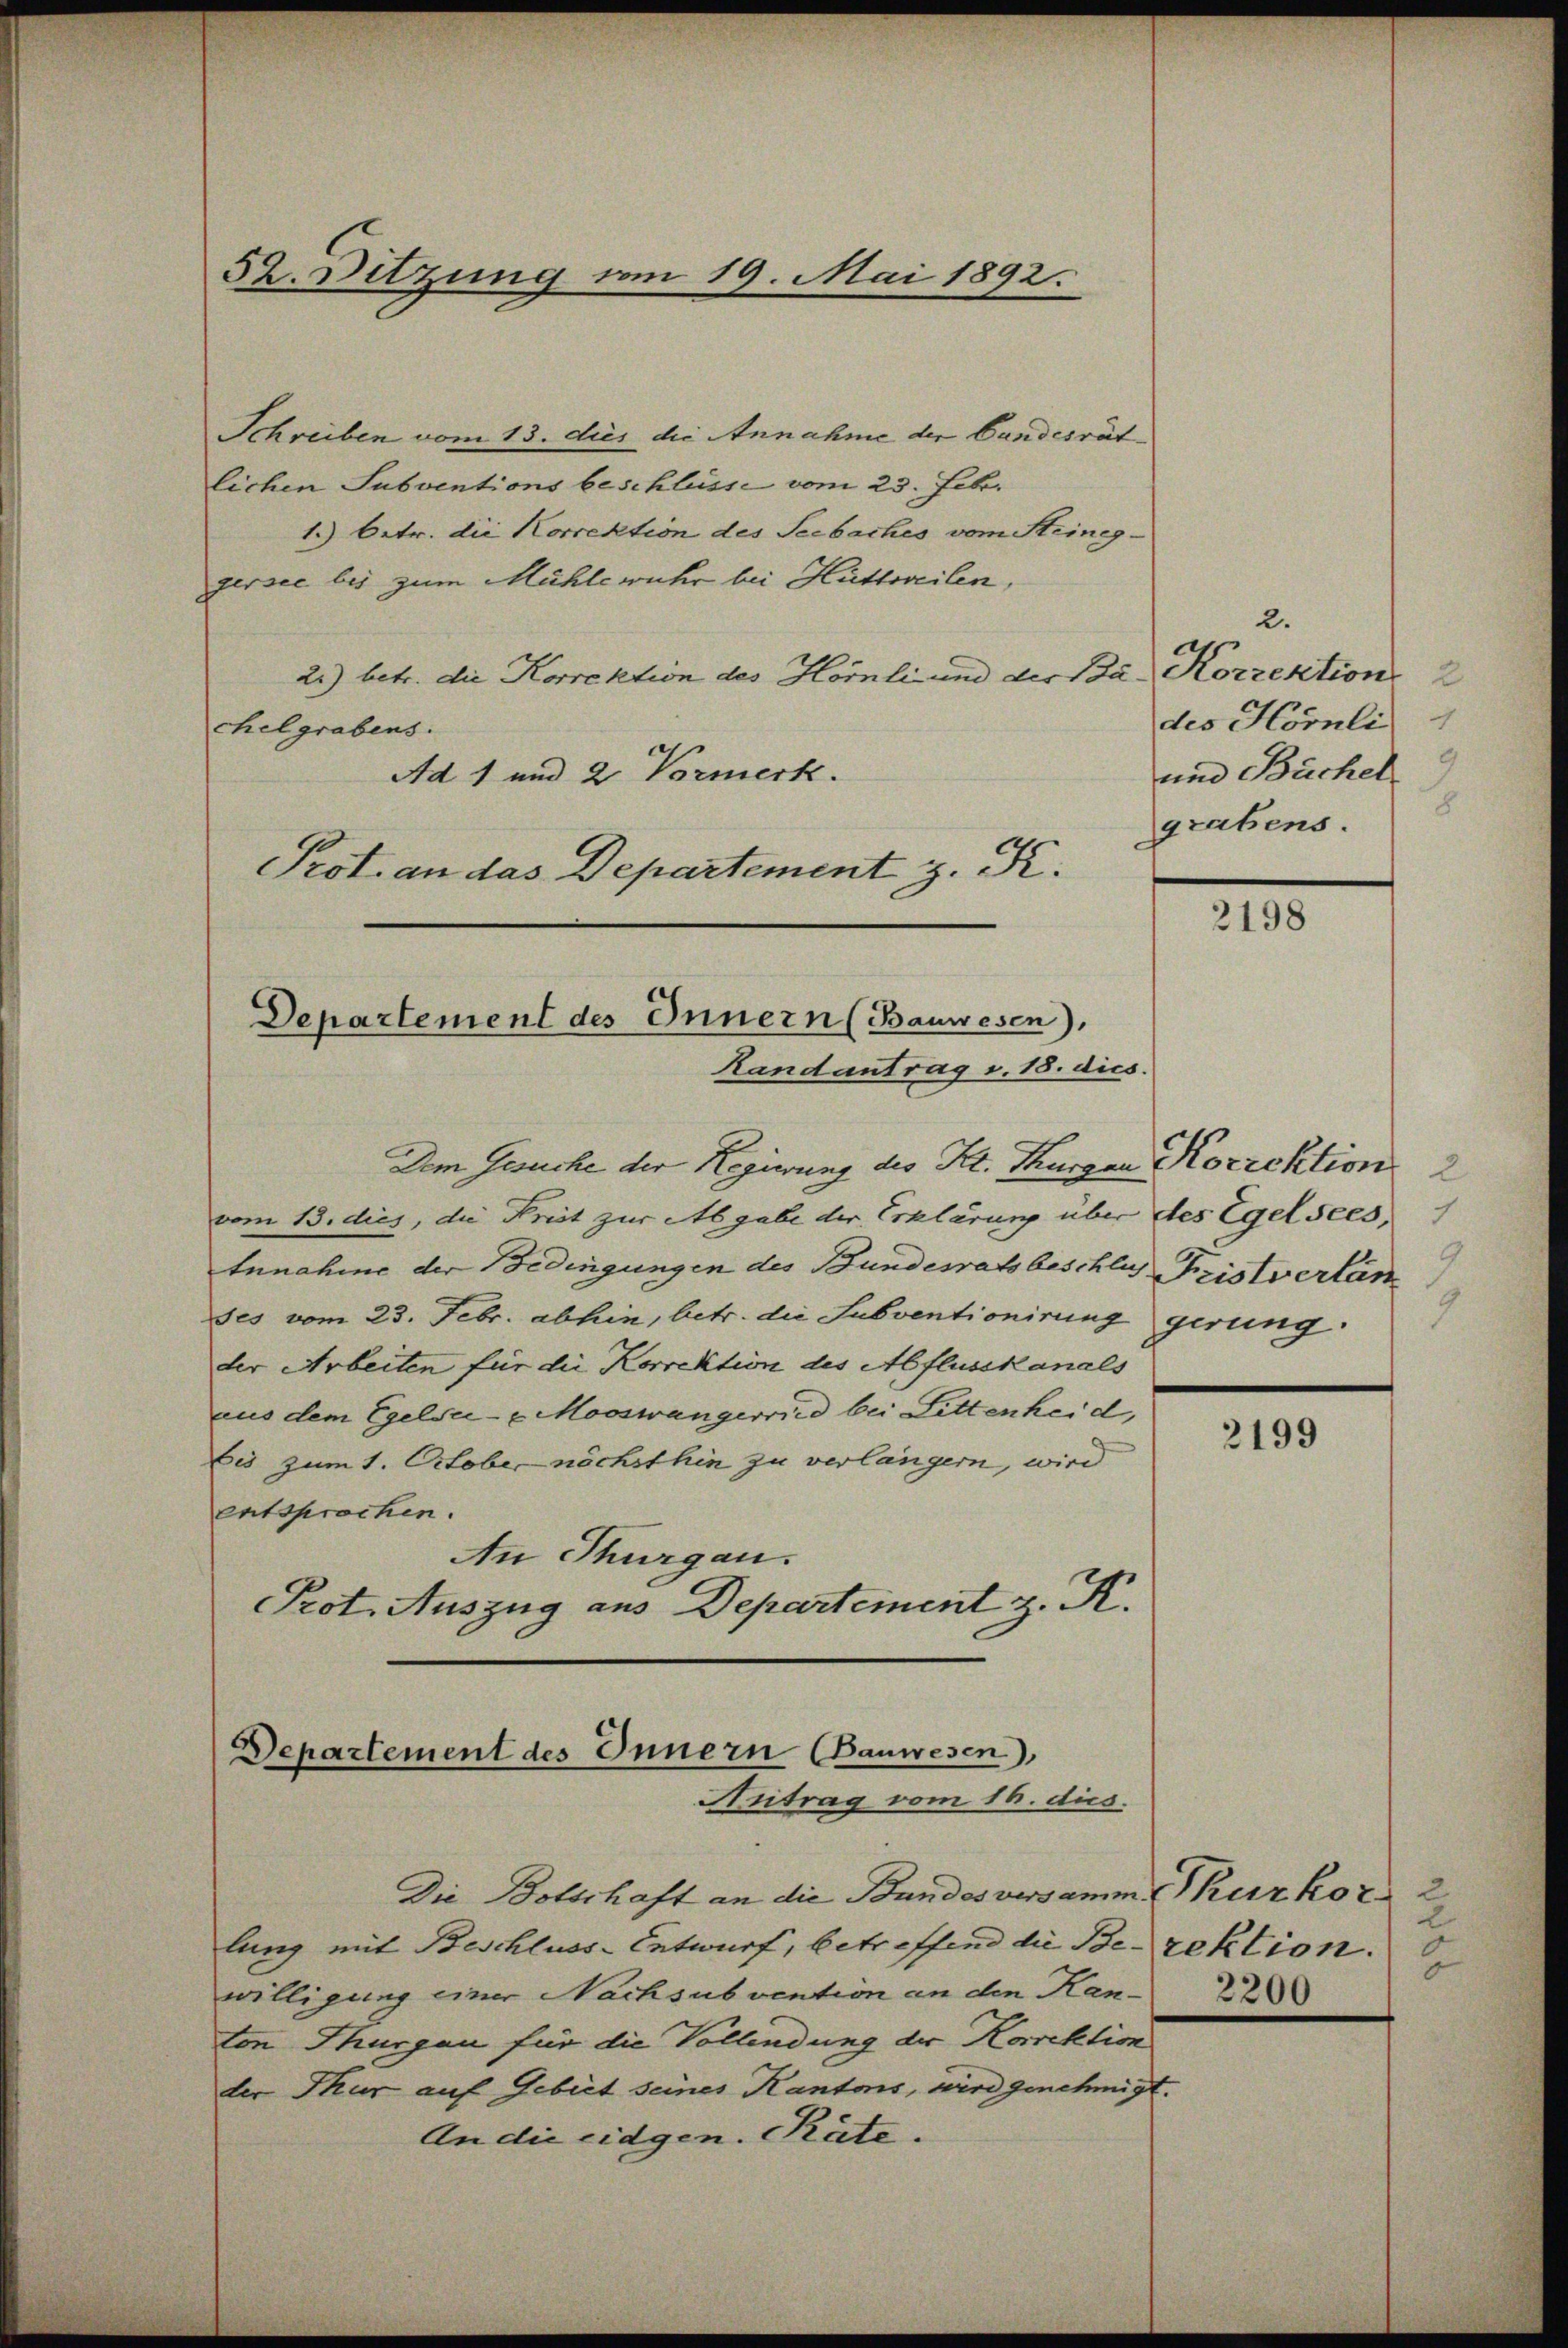
52. Ditzung vom 19. Mai 1892.

Schreiben vom 13. dies die Annahme der Candesrät
lichen Subventions beschlüsse vom 23. Feb.
1.) Betr. die Korrektion des Seebaches vom Steineggersee bis zum Mühlewuhr bei Hütteilen,
2.) betr. die Korrektion des Hörnli und der Ba-Korrektion
chelgrabens.
Ad 1 und 2 Vormerk.
Prot. an das Departement z. K.

Departement des Innern (Bauwesen),
Randantrag v. 18. dies

Dem Gesuche der Regierung des Kt. Thurgau Korrektion
vom 13. dies, die Frist zur Abgabe der Erklärung über des Egelsees,
Innahme der Bedingungen des Bundesratsbeschlus Fristvertan
ses vom 23. Febr. abhin, betr. die Subventionirung gerung.
der Arbeiten für die Korrektion des Abflusskanals
aus dem Egelsi-Mooswängerried bei Littenheid,
bis zum 1. October nöchsthin zu verlängern, wird
entsprochen.
An Thurgau.
Prot. Auszug aus Departement z. K.

Departement des Innern Bauwesen),
Antrag vom 16. dies.

Die Botschaft an die Bundes versamm (kurkor 2
lung mit Beschluss-Entwurf, betreffend die Be- rektion.
willigung einer Nachsubvention an den Kanton Thurgau für die Vollendung der Korrektion
der Thur auf Gebiet seines Kantons, wird genehmigt.
An die eidgen. Päte.

2.
des Hörnli
und Büchel
grabens.

2198

2199

u
6
2200